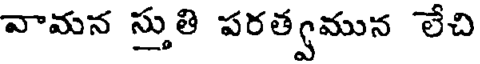
వామన స్తుతి పరత్వమున లేచి